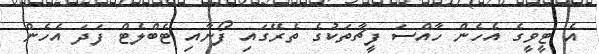
އެ ޓީވީގެ އެހެން ހާއްސަ ފީޗާތަކުގެ ތެރޭގައި ފޯނާއި ޓެބްލެޓް ފަދަ އެހެން